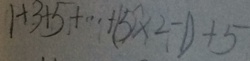
1 + 3 + 5 + \cdots + ( 5 \times 2 - 1 ) + 5